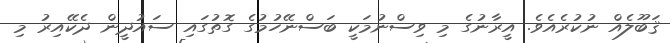
ޤަބޫލެއް ނުކުރެއެވެ. އީރާނުގެ މި ވިސްނުމަކީ ބަސްނޭހުމުގެ ގޮތުގައި ސައުދީން ދެކޭއިރު މި